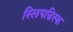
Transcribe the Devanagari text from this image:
स्लिपडिस्क